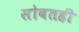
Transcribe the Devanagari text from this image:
सोबतही